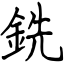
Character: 銑